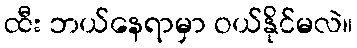
ထီး ဘယ်နေရာမှာ ဝယ်နိုင်မလဲ။